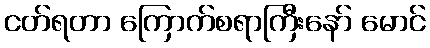
ငတ်ရတာ ကြောက်စရာကြီးနော် မောင်